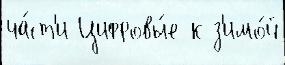
ча́ст'и Цифровы́е к з'имо́й